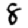
Digit: 8